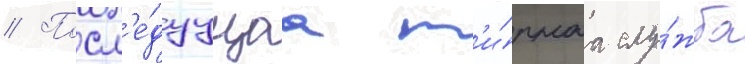
// Посл'е́дуущаа м'и́рнаа слу́жба